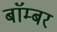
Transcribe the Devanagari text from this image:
बाॅम्बर